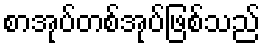
စာအုပ်တစ်အုပ်ဖြစ်သည်